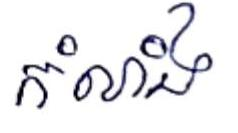
កំលាំង